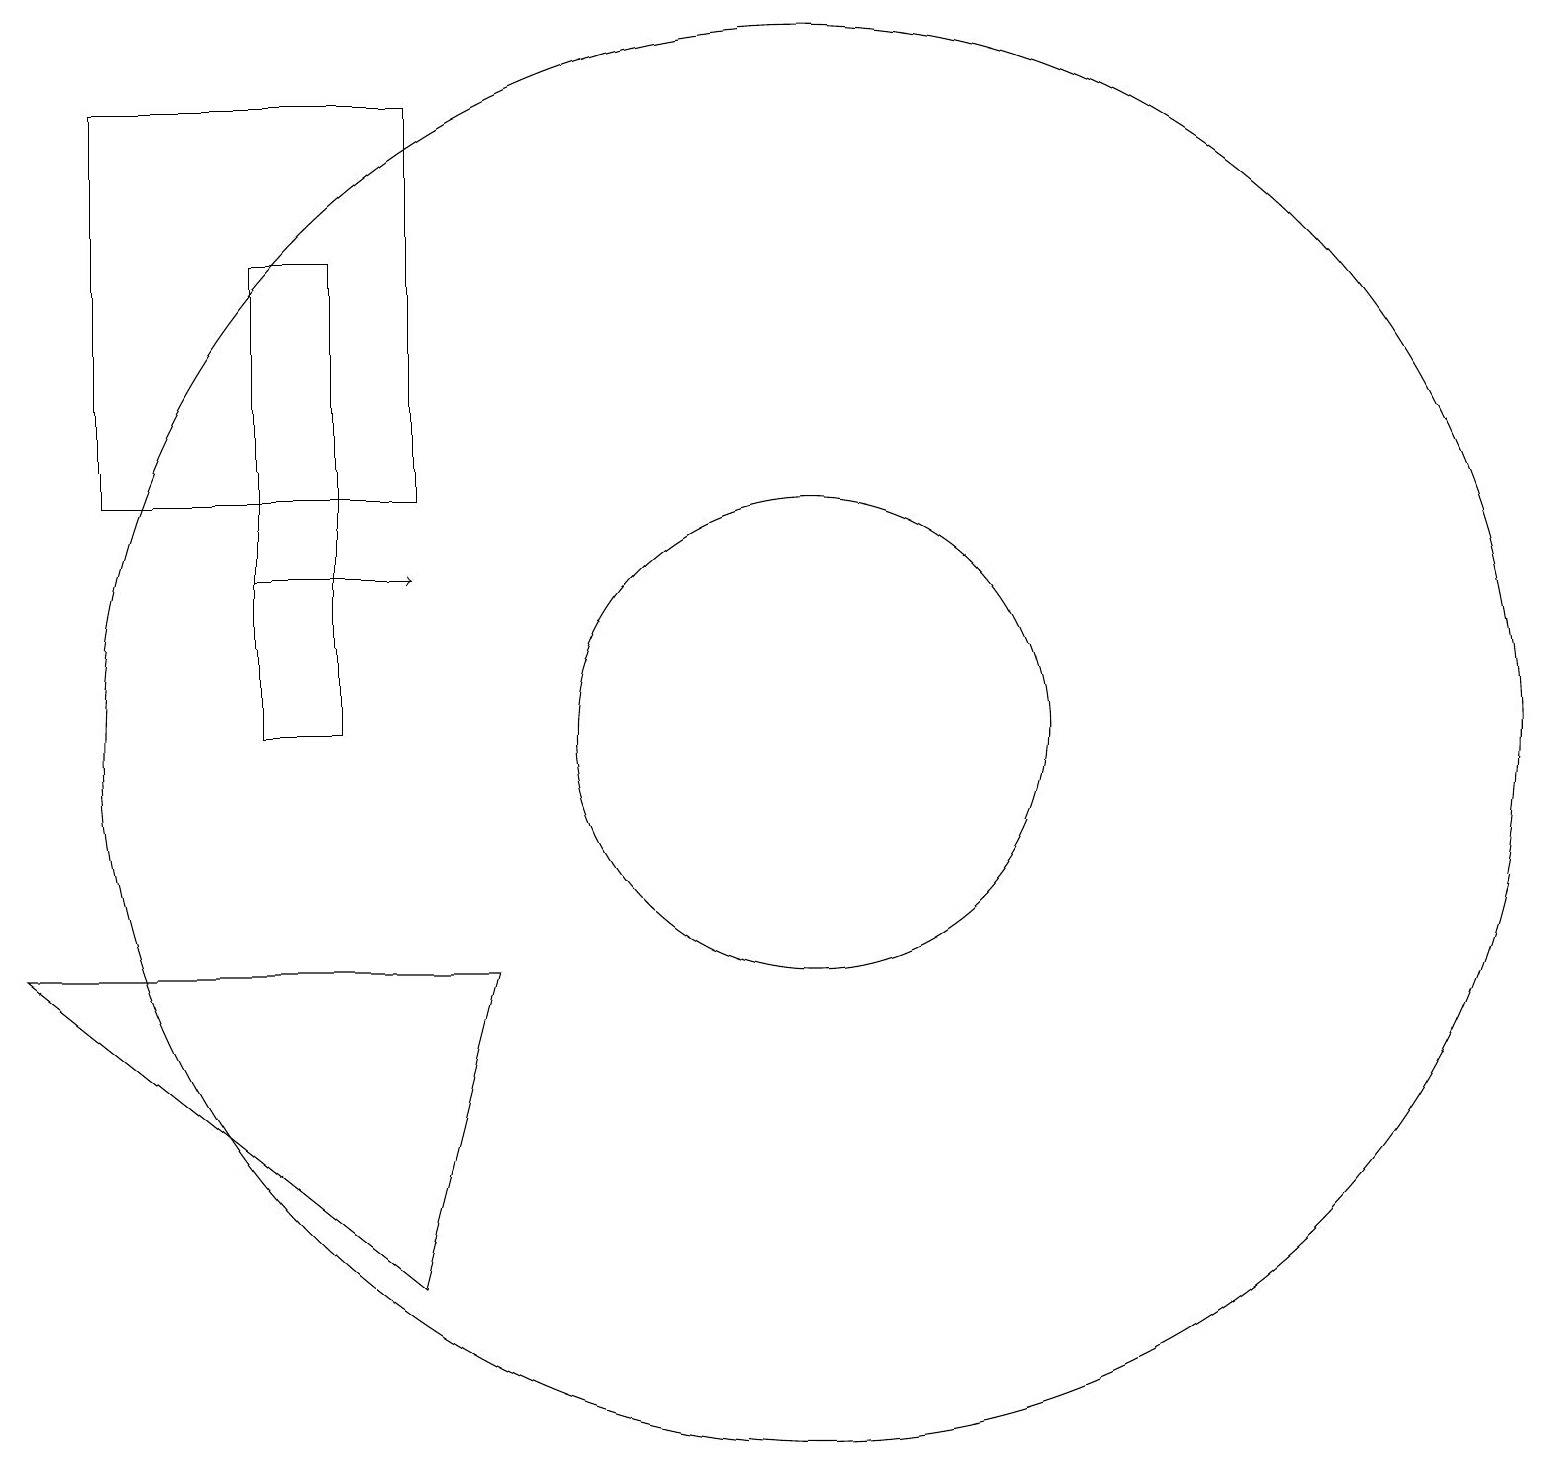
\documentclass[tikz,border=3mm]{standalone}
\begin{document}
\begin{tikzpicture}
\draw[->] (3,12) -- (5,12);
\draw (4,16) rectangle (3,10);
\draw (10,10) circle (9);
\draw (10,10) circle (3);
\draw (5,3) -- (0,7) -- (6,7) -- cycle;
\draw (1,18) rectangle (5,13);
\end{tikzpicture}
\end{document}